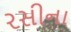
રસીના